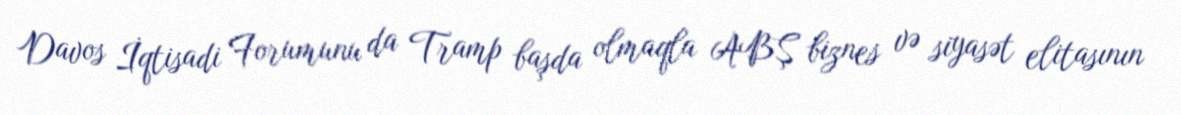
Davos İqtisadi Forumunu da Tramp başda olmaqla ABŞ biznes və siyasət elitasının